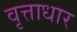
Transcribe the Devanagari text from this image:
वृत्ताधार